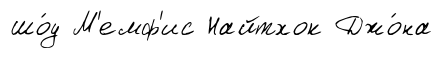
шо́у М'емф'ис Найтхок Джо́на